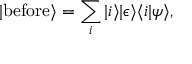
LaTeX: | { \mathrm { b e f o r e } } \rangle = \sum _ { i } | i \rangle | \epsilon \rangle \langle i | \psi \rangle ,